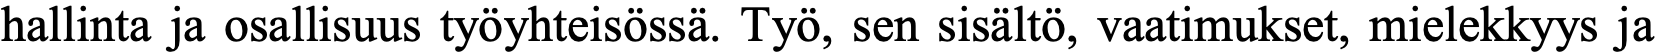
hallinta ja osallisuus työyhteisössä. Työ, sen sisältö, vaatimukset, mielekkyys ja